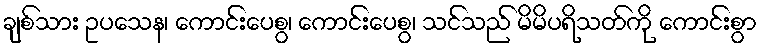
ချစ်သား ဥပသေန၊ ကောင်းပေစွ၊ ကောင်းပေစွ၊ သင်သည် မိမိပရိသတ်ကို ကောင်းစွာ